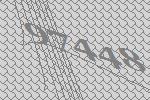
97448